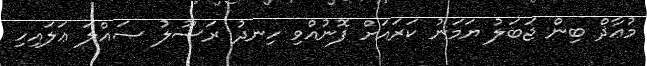
މުޢާޛް ބިން ޖަބަލު ޔަމަނު ކަރައަށް ފޮނުއްވި ހިނދު ރަސޫލު ޞައްލަ ޢަލައިހި